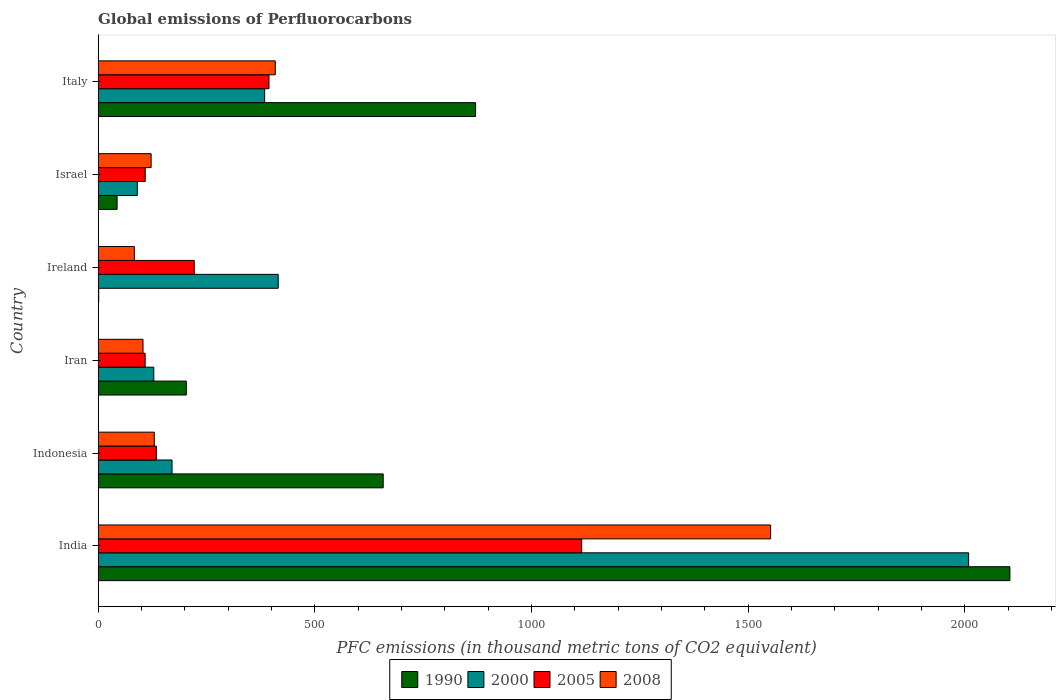
| Country | 1990 | 2000 | 2005 | 2008 |
 | --- | --- | --- | --- | --- |
 | India | 2.1e+03 | 2.01e+03 | 1.12e+03 | 1.55e+03 |
 | Indonesia | 658 | 171 | 134 | 130 |
 | Iran | 204 | 128 | 108 | 104 |
 | Ireland | 1.4 | 416 | 222 | 83.6 |
 | Israel | 43.8 | 90.5 | 109 | 122 |
 | Italy | 871 | 384 | 394 | 409 |